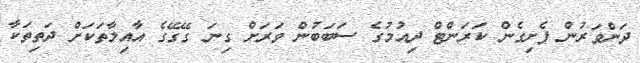
ދަންވަރުން ފެށިގެން ކަރަންޓް ދިއުމުގެ ސަބަބުން ވަރަށް ގިނަ ގޭގޭގެ އާއިލާތަކަށް ދަތިތަކާ